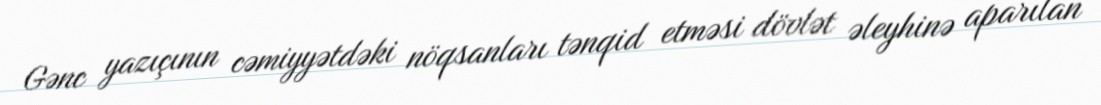
Gənc yazıçının cəmiyyətdəki nöqsanları tənqid etməsi dövlət əleyhinə aparılan